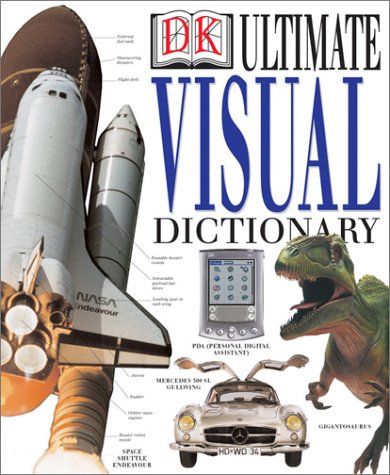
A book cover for Ultimate Visual Dictionary Revised; DK Publishing; Reference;